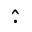
\widehat { \cdot }